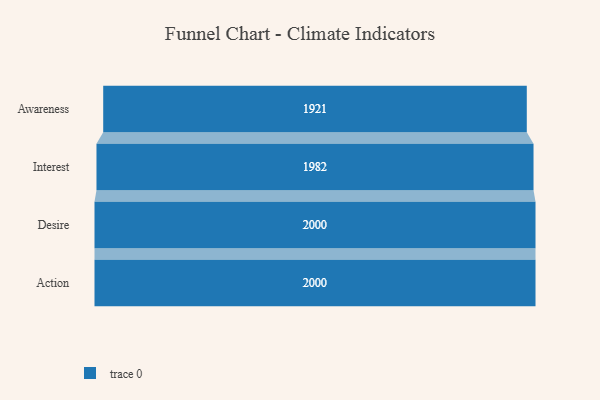
{"axis": {"x": "Stage", "y": "Value"}, "legend": [""], "data": [{"x": "Awareness", "y": 1921.0, "type": ""}, {"x": "Interest", "y": 1982.0, "type": ""}, {"x": "Desire", "y": 2000, "type": ""}, {"x": "Action", "y": 2000, "type": ""}]}